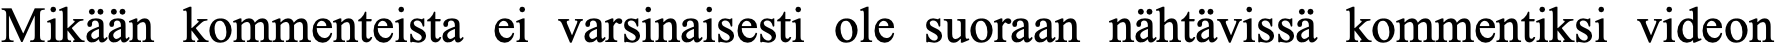
Mikään kommenteista ei varsinaisesti ole suoraan nähtävissä kommentiksi videon